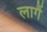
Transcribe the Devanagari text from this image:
लागैं